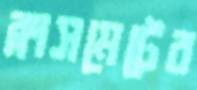
ক্লাসমেটের